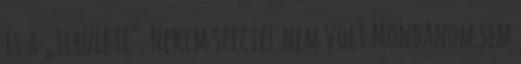
is a „te­rülete". Nekem speciel nem volt Mondanom sem